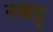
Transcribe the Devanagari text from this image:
नक्कट्टू